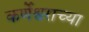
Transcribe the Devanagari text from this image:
कर्णेश्वराच्या